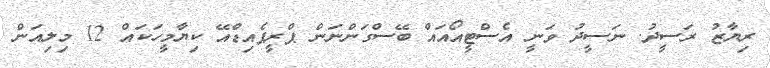
ރިޔާޒު ރަސީދު. ނަސީދު ވަނީ އެސްޓީއޯއައް ބޭސްގަންނަން ޕްރީޕެއިޑްއޭ ކިޔާމީހަކައް 12 މިލިއަން